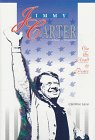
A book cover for Jimmy Carter: On the Road to Peace (A People in Focus Book); Caroline Lazo; Teen & Young Adult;